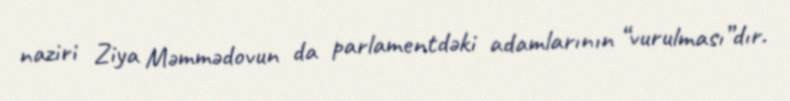
naziri Ziya Məmmədovun da parlamentdəki adamlarının “vurulması”dır.